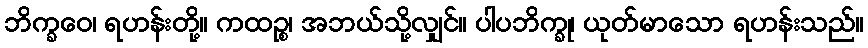
ဘိက္ခဝေ၊ ရဟန်းတို့။ ကထဉ္စ၊ အဘယ်သို့လျှင်။ ပါပဘိက္ခု၊ ယုတ်မာသော ရဟန်းသည်။